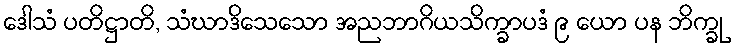
ဒေါသံ ပတိဋ္ဌာတိ, သံဃာဒိသေသော အညဘာဂိယသိက္ခာပဒံ ၉ ယော ပန ဘိက္ခု